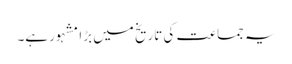
یہ جماعت کی تاریخ میں بڑا مشہور ہے۔